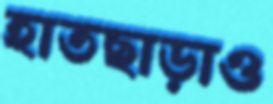
হাতছাড়াও